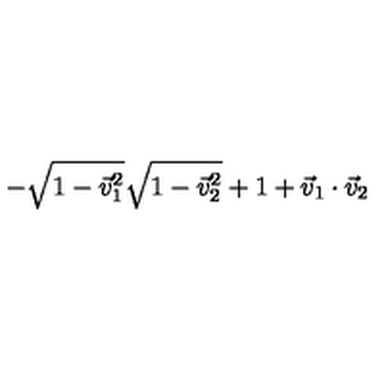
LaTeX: - \sqrt { 1 - { \vec { v } _ { 1 } } ^ { 2 } } \sqrt { 1 - { \vec { v } _ { 2 } } ^ { 2 } } + 1 + \vec { v } _ { 1 } \cdot \vec { v } _ { 2 }